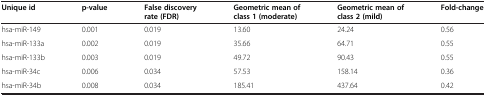
<table><thead><tr><td><b>Unique id</b></td><td><b>p-value</b></td><td><b>False discovery rate (FDR)</b></td><td><b>Geometric mean of class 1 (moderate)</b></td><td><b>Geometric mean of class 2 (mild)</b></td><td><b>Fold-change</b></td></tr></thead><tbody><tr><td>hsa-miR-149</td><td>0.001</td><td>0.019</td><td>13.60</td><td>24.24</td><td>0.56</td></tr><tr><td>hsa-miR-133a</td><td>0.002</td><td>0.019</td><td>35.66</td><td>64.71</td><td>0.55</td></tr><tr><td>hsa-miR-133b</td><td>0.003</td><td>0.019</td><td>49.72</td><td>90.43</td><td>0.55</td></tr><tr><td>hsa-miR-34c</td><td>0.006</td><td>0.034</td><td>57.53</td><td>158.14</td><td>0.36</td></tr><tr><td>hsa-miR-34b</td><td>0.008</td><td>0.034</td><td>185.41</td><td>437.64</td><td>0.42</td></tr></tbody></table>